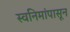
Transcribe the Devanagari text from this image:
स्वनिमांपासून